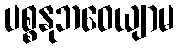
ပစ္စနုဘဝေယျာမ